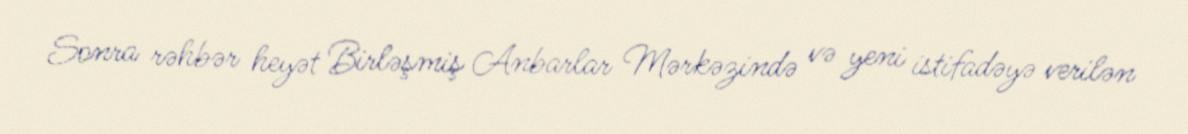
Sonra rəhbər heyət Birləşmiş Anbarlar Mərkəzində və yeni istifadəyə verilən